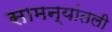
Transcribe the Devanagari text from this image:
सामन्यांतली